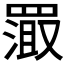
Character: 𬙦